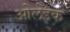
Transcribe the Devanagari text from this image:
ओलेइक